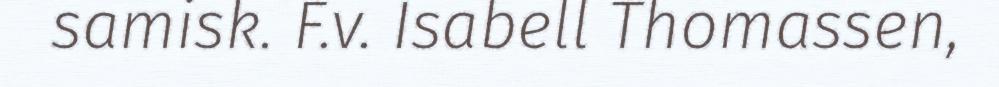
samisk. F.v. Isabell Thomassen,